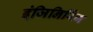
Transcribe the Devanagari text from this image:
इंजिनिरिंग